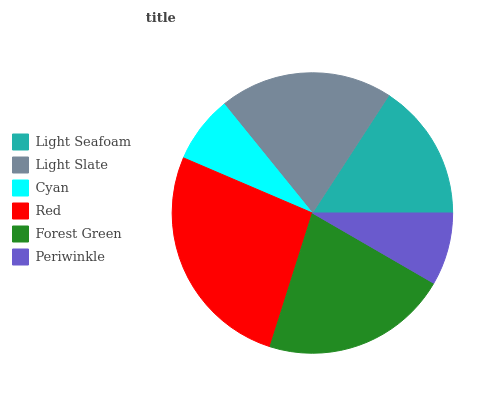
| Light Seafoam | Light Slate | Cyan | Red | Forest Green | Periwinkle |
 | --- | --- | --- | --- | --- | --- |
 | 15.8% | 20% | 7.73% | 26.6% | 21.5% | 8.35% |